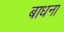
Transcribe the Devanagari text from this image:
बाधना